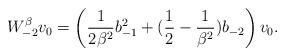
LaTeX: \begin{align*}W_{-2}^\beta v_0 = \left(\frac{1}{2\beta^2} b_{-1}^2 + (\frac{1}{2} - \frac{1}{\beta^2}) b_{-2}\right) v_0.\end{align*}